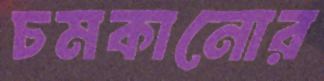
চমকানোর